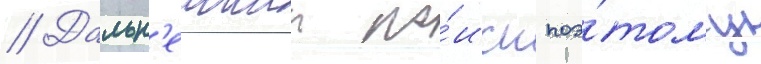
// Дальн'еишии по́иск поэ́тому